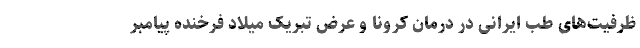
ظرفیت‌های طب ایرانی در درمان کرونا و عرض تبریک میلاد فرخنده پیامبر